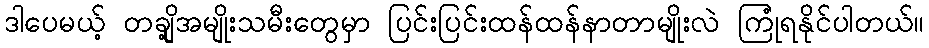
ဒါပေမယ့် တချို့အမျိုးသမီးတွေမှာ ပြင်းပြင်းထန်ထန်နာတာမျိုးလဲ ကြုံရနိုင်ပါတယ်။